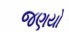
જણયો